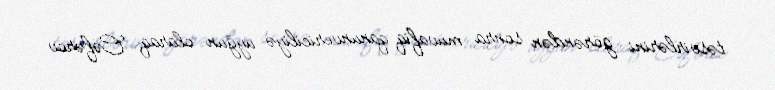
təsvirlərini görəndən sonra müvafiq qanunvericiliyə uyğun olaraq Cəfərov